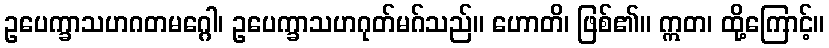
ဥပေက္ခာသဟဂတမဂ္ဂေါ၊ ဥပေက္ခာသဟဂုတ်မဂ်သည်။ ဟောတိ၊ ဖြစ်၏။ ဣတ၊ ထို့ကြောင့်။